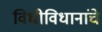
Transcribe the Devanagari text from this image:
विधीविधानांचे